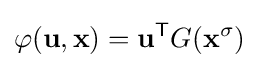
\varphi (\mathbf {u} ,\mathbf {x} )=\mathbf {u} ^{\mathsf {T}}G(\mathbf {x} ^{\sigma })